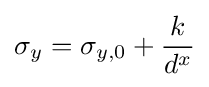
\sigma _{y}=\sigma _{y,0}+{k \over {d^{x}}}